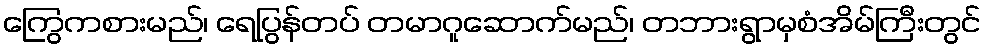
ကြွေကစားမည်၊ ရေပြွန်တပ် တမာဂူဆောက်မည်၊ တဘားရွာမှစံအိမ်ကြီးတွင်